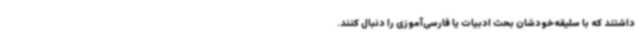
داشتند که با سلیقه‌خودشان بحث ادبیات یا فارسی‌آموزی را دنبال کنند.